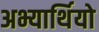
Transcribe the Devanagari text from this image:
अभ्यार्थियो